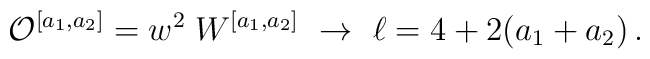
{\cal O}^{[a_1,a_2]} = w^2\; W^{[a_1,a_2]} \ \rightarrow \ \ell = 4 + 2(a_1+a_2) \,.